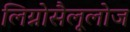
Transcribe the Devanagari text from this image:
लिग्नोसैलूलोज